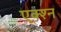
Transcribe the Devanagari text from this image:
एक्श्‍न